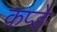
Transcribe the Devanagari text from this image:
कप्ङे